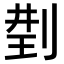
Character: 𠝆